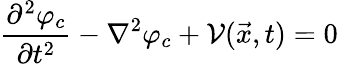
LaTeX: {\frac{\partial^{2}\varphi_{c}}{\partial t^{2}}}-\nabla^{2}\varphi_{c}+{\cal V}(\vec{x},t)=0